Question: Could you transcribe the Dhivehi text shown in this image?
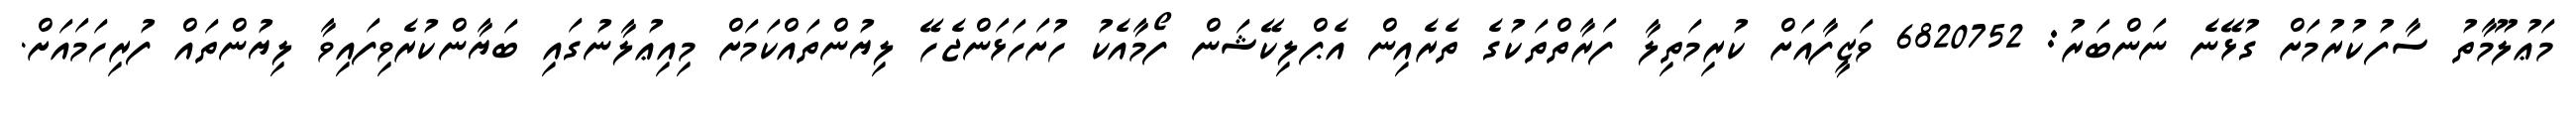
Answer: މަޢުލޫމާތު ސާފުކުރުމަށް ގުޅޭނެ ނަންބަރު: 6820752 ވަޒީފާއަށް ކުރިމަތިލާ ފަރާތްތަކުގެ ތެރެއިން އެޕްލިކޭޝަން ފޯމާއެކު ހުށަހަޅަންޖެހޭ ލިޔުންތައްކަމަށް މިއިޢުލާނުގައި ބަޔާންކުރެވިފައިވާ ލިޔުންތައް ފުރިހަމައަށް.